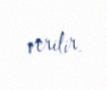
verilir.